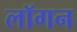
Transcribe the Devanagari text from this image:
लॉगन